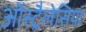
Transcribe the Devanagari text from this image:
ऑस्ट्रैलेसिया